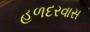
હળદરવાસ